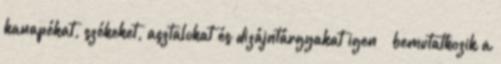
kanapékat, székeket, asztalokat és dizájntárgyakat igen – bemutatkozik a